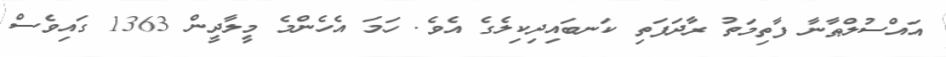
އައްސުލްޠާނާ ފާތިމަތު ރާދަފަތި ކަނބައިދިކިލެގެ އެވެ. ހަމަ އެހެންމެ މީލާދީން 1363 ގައިވެސް